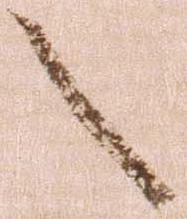
之